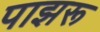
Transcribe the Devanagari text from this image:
पाझरू